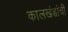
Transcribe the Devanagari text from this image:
कालखंडांची